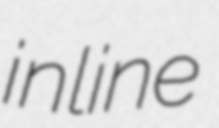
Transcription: inline